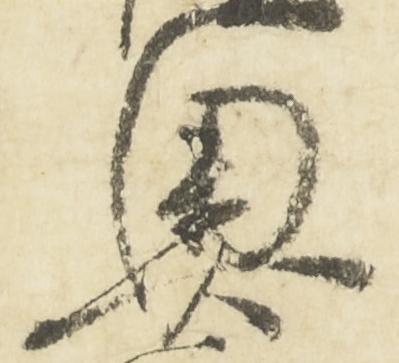
奥